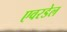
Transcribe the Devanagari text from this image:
एवरडेल